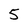
Character: 5